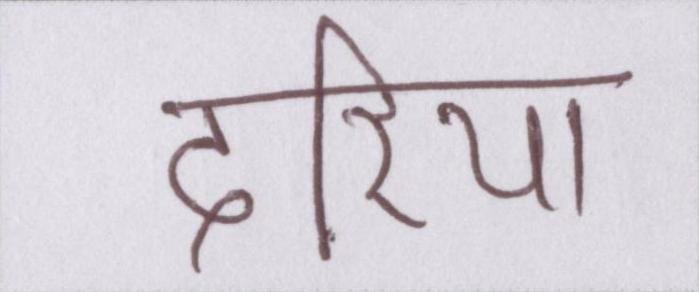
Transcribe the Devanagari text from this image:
दरिया